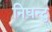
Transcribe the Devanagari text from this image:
निघन्टु